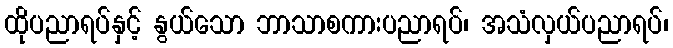
ထိုပညာရပ်နှင့် နွယ်သော ဘာသာစကားပညာရပ်၊ အသံလှယ်ပညာရပ်၊